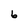
Character: 6